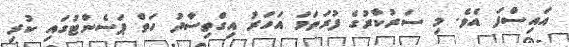
އައިސްފަ އެވެ. މި ސަރުކާރުގެ ފުރަތަމަ އަހަރު އިގްތިސާދު ހަތް ޕަސެންޓުގައި ކުރި